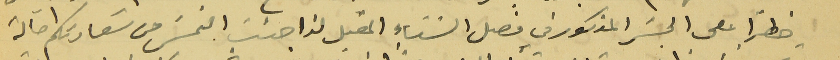
خطراً على الجسَر المذكور في فصل الشتاء المقبل لذا جئت التمسَ من سَعادتكم احالة